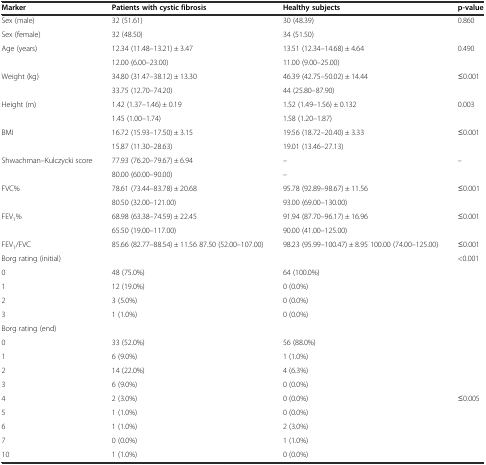
<table><thead><tr><td><b>Marker</b></td><td><b>Patients with cystic fibrosis</b></td><td><b>Healthy subjects</b></td><td><b>p-value</b></td></tr></thead><tbody><tr><td>Sex (male)</td><td>32 (51.61)</td><td>30 (48.39)</td><td>0.860</td></tr><tr><td>Sex (female)</td><td>32 (48.50)</td><td>34 (51.50)</td><td></td></tr><tr><td rowspan="2">Age (years)</td><td>12.34 (11.48–13.21) ± 3.47</td><td>13.51 (12.34–14.68) ± 4.64</td><td rowspan="2">0.490</td></tr><tr><td>12.00 (6.00–23.00)</td><td>11.00 (9.00–25.00)</td></tr><tr><td rowspan="2">Weight (kg)</td><td>34.80 (31.47–38.12) ± 13.30</td><td>46.39 (42.75–50.02) ± 14.44</td><td rowspan="2">≤0.001</td></tr><tr><td>33.75 (12.70–74.20)</td><td>44 (25.80–87.90)</td></tr><tr><td rowspan="2">Height (m)</td><td>1.42 (1.37–1.46) ± 0.19</td><td>1.52 (1.49–1.56) ± 0.132</td><td rowspan="2">0.003</td></tr><tr><td>1.45 (1.00–1.74)</td><td>1.58 (1.20–1.87)</td></tr><tr><td rowspan="2">BMI</td><td>16.72 (15.93–17.50) ± 3.15</td><td>19.56 (18.72–20.40) ± 3.33</td><td rowspan="2">≤0.001</td></tr><tr><td>15.87 (11.30–28.63)</td><td>19.01 (13.46–27.13)</td></tr><tr><td rowspan="2">Shwachman–Kulczycki score</td><td>77.93 (76.20–79.67) ± 6.94</td><td>–</td><td rowspan="2">–</td></tr><tr><td>80.00 (60.00–90.00)</td><td>–</td></tr><tr><td rowspan="2">FVC%</td><td>78.61 (73.44–83.78) ± 20.68</td><td>95.78 (92.89–98.67) ± 11.56</td><td rowspan="2">≤0.001</td></tr><tr><td>80.50 (32.00–121.00)</td><td>93.00 (69.00–130.00)</td></tr><tr><td rowspan="2">FEV<sub>1</sub>%</td><td>68.98 (63.38–74.59) ± 22.45</td><td>91.94 (87.70–96.17) ± 16.96</td><td rowspan="2">≤0.001</td></tr><tr><td>65.50 (19.00–117.00)</td><td>90.00 (41.00–125.00)</td></tr><tr><td>FEV<sub>1</sub>/FVC</td><td>85.66 (82.77–88.54) ± 11.56 87.50 (52.00–107.00)</td><td>98.23 (95.99–100.47) ± 8.95 100.00 (74.00–125.00)</td><td>≤0.001</td></tr><tr><td>Borg rating (initial)</td><td></td><td></td><td rowspan="5">&lt;0.001</td></tr><tr><td>0</td><td>48 (75.0%)</td><td>64 (100.0%)</td></tr><tr><td>1</td><td>12 (19.0%)</td><td>0 (0.0%)</td></tr><tr><td>2</td><td>3 (5.0%)</td><td>0 (0.0%)</td></tr><tr><td>3</td><td>1 (1.0%)</td><td>0 (0.0%)</td></tr><tr><td>Borg rating (end)</td><td></td><td></td><td></td></tr><tr><td>0</td><td>33 (52.0%)</td><td>56 (88.0%)</td><td></td></tr><tr><td>1</td><td>6 (9.0%)</td><td>1 (1.0%)</td><td></td></tr><tr><td>2</td><td>14 (22.0%)</td><td>4 (6.3%)</td><td></td></tr><tr><td>3</td><td>6 (9.0%)</td><td>0 (0.0%)</td><td></td></tr><tr><td>4</td><td>2 (3.0%)</td><td>0 (0.0%)</td><td>≤0.005</td></tr><tr><td>5</td><td>1 (1.0%)</td><td>0 (0.0%)</td><td></td></tr><tr><td>6</td><td>1 (1.0%)</td><td>2 (3.0%)</td><td></td></tr><tr><td>7</td><td>0 (0.0%)</td><td>1 (1.0%)</td><td></td></tr><tr><td>10</td><td>1 (1.0%)</td><td>0 (0.0%)</td><td></td></tr></tbody></table>